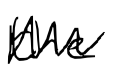
Text: the
Cross-out: zig-zag
Writing tool: digital_black